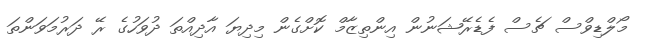
މޯލްޑިވްސް ޗެސް ފެޑެރޭޝަނުން އިންތިޒާމް ކޮށްގެން މިދިޔަ އާދިއްތަ ދުވަހުގެ ރޭ ދަރުމަވަންތަ